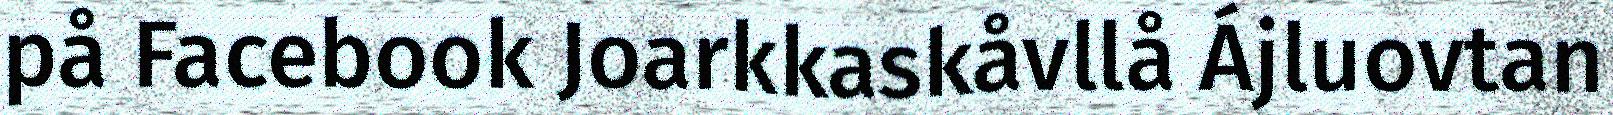
på Facebook Joarkkaskåvllå Ájluovtan